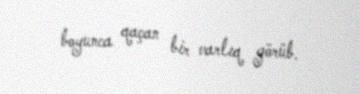
boyunca qaçan bir varlıq görüb.